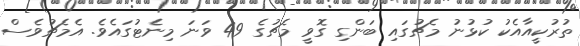
ތުރުކީއާއެކު ކުޅުނު މެޗުގައި ބަންގި ގޮވީ މެޗުގެ 49 ވަނަ މިނެޓުގައެވެ. އެމެޗުވެސް